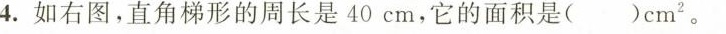
4.如右图，直角梯形的周长是40cm，它的面积是( )cm^(2)。